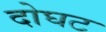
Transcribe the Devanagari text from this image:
दोघट